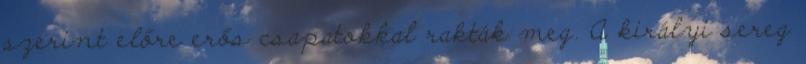
szerint előre erős csapatokkal rakták meg. A királyi sereg